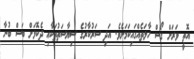
އޮތީ ވަރަށް ގޯސް ހާލަތެއްގައިކަމަށެވެ. އަދި ސަރުކާރުގެ ސިޔާސަތުތަކާއި ދެކޮޅަށް ބަސް ބުނާ